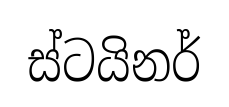
ස්ටයිනර්